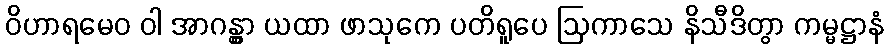
ဝိဟာရမေဝ ဝါ အာဂန္တွာ ယထာ ဖာသုကေ ပတိရူပေ ဩကာသေ နိသီဒိတွာ ကမ္မဋ္ဌာနံ